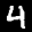
Label: 4